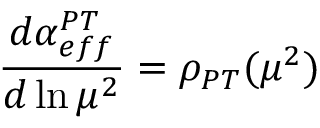
{ \frac { d \alpha _ { e f f } ^ { P T } } { d \ln \mu ^ { 2 } } } = \rho _ { P T } ( \mu ^ { 2 } )